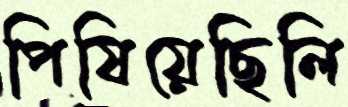
পিষিয়েছিলি